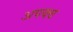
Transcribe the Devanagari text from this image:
अपक्‍व